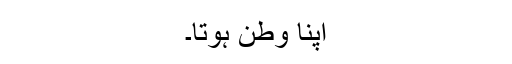
اپنا وطن ہوتا۔